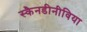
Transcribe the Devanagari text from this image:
स्कैनडीनीविया